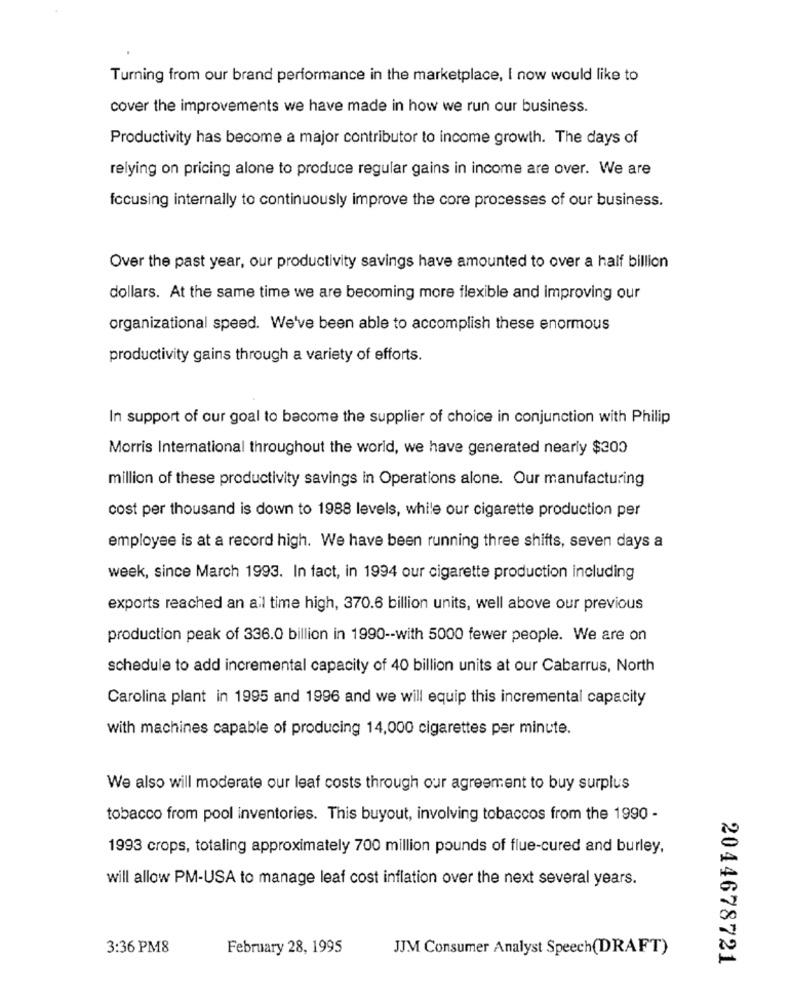
Turning from our brand performance in the marketplace, I now would like to
cover the improvements we have made in how we run our business.
Productivity has become a major contributor to income growth. The days of
relying on pricing alone to produce regular gains in income are over. We are
focusing internally to continuously improve the core processes of our business.
Over the past year, our productivity savings have amounted to over a half billion
dollars. At the same time we are becoming more flexible and improving our
organizational speed. We've been able to accomplish these enormous
productivity gains through a variety of efforts.
In support of our goal to become the supplier of choice in conjunction with Philip
Morris International throughout the world, we have generated nearly $300
million of these productivity savings in Operations alone. Our manufacturing
cost per thousand is down to 1988 levels, while our cigarette production per
employee is at a record high. We have been running three shifts, seven days a
week, since March 1993. In fact, in 1994 our cigarette production including
exports reached an all time high, 370.6 billion units, well above our previous
production peak of 336.0 billion in 1990 -- with 5000 fewer people. We are on
schedule to add incremental capacity of 40 billion units at our Cabarrus, North
Carolina plant in 1995 and 1996 and we will equip this incremental capacity
with machines capable of producing 14,000 cigarettes per minute.
We also will moderate our leaf costs through our agreement to buy surplus
tobacco from pool inventories. This buyout, involving tobaccos from the 1990 -
1993 crops, totaling approximately 700 million pounds of flue-cured and burley,
will allow PM-USA to manage leaf cost inflation over the next several years.
3:36 PM8
February 28, 1995
JJM Consumer Analyst Speech(DRAFT)
2044678721